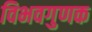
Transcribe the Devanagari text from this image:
विभवगुणक